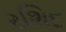
રશિદ